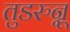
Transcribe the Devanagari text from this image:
तुडरुन्नू